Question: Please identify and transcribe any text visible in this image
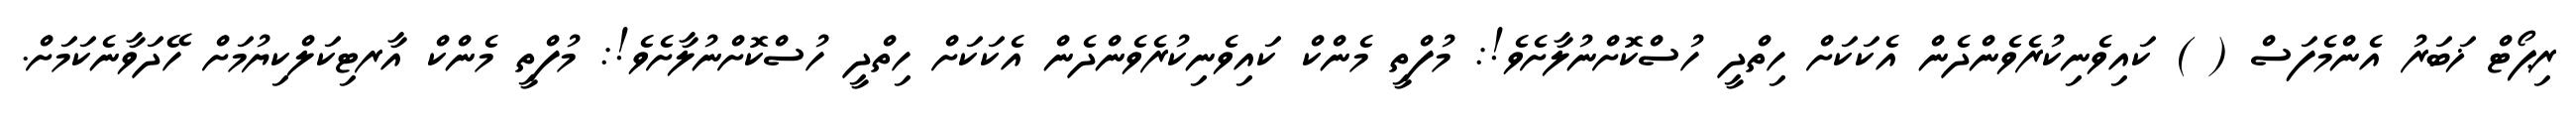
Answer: ރިޕޯޓް ޚަބަރު އެންމެފަސް ( ) ކައިވެނިކުރެވެންދެން އެކަކަށް ހިތްދީ ހުސްކޮށްނުލާށެވެ!: މުފްތީ މެންކް ކައިވެނިކުރެވެންދެން އެކަކަށް ހިތްދީ ހުސްކޮށްނުލާށެވެ!: މުފްތީ މެންކް އާރޓިކަލްކިޔުމަށް ހޭދަވާނެކަމަށް.